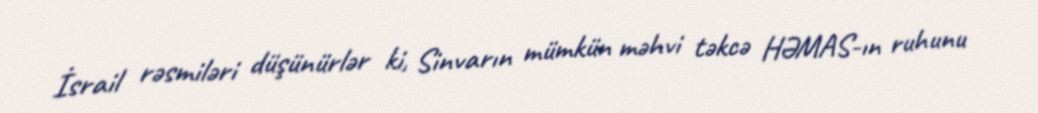
İsrail rəsmiləri düşünürlər ki, Sinvarın mümkün məhvi təkcə HƏMAS-ın ruhunu